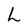
Character: L